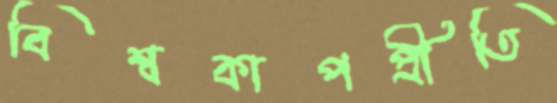
বিশ্বকাপপ্রীতি